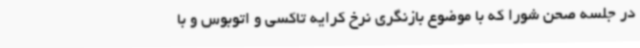
در جلسه صحن شورا که با موضوع بازنگری نرخ کرایه تاکسی و اتوبوس و با